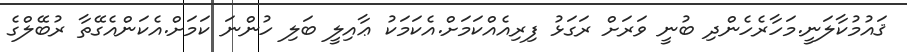
ޤައުމުކާލަނީ.މަހާރެހެންދި ބުނީ ވަރަށް ރަގަޅު ފިރިއެއްކަމަށް.އެކަމަކު ޢާއިލީ ބަލި ހުންނަ ކަމަށް.އެކަންއެގޭތާ ރުބޭލްގެ